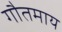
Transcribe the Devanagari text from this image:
गौतमाय